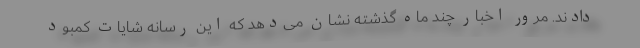
دادند. مرور اخبار چند ماه گذشته نشان می‌دهد که این رسانه شایات کمبود